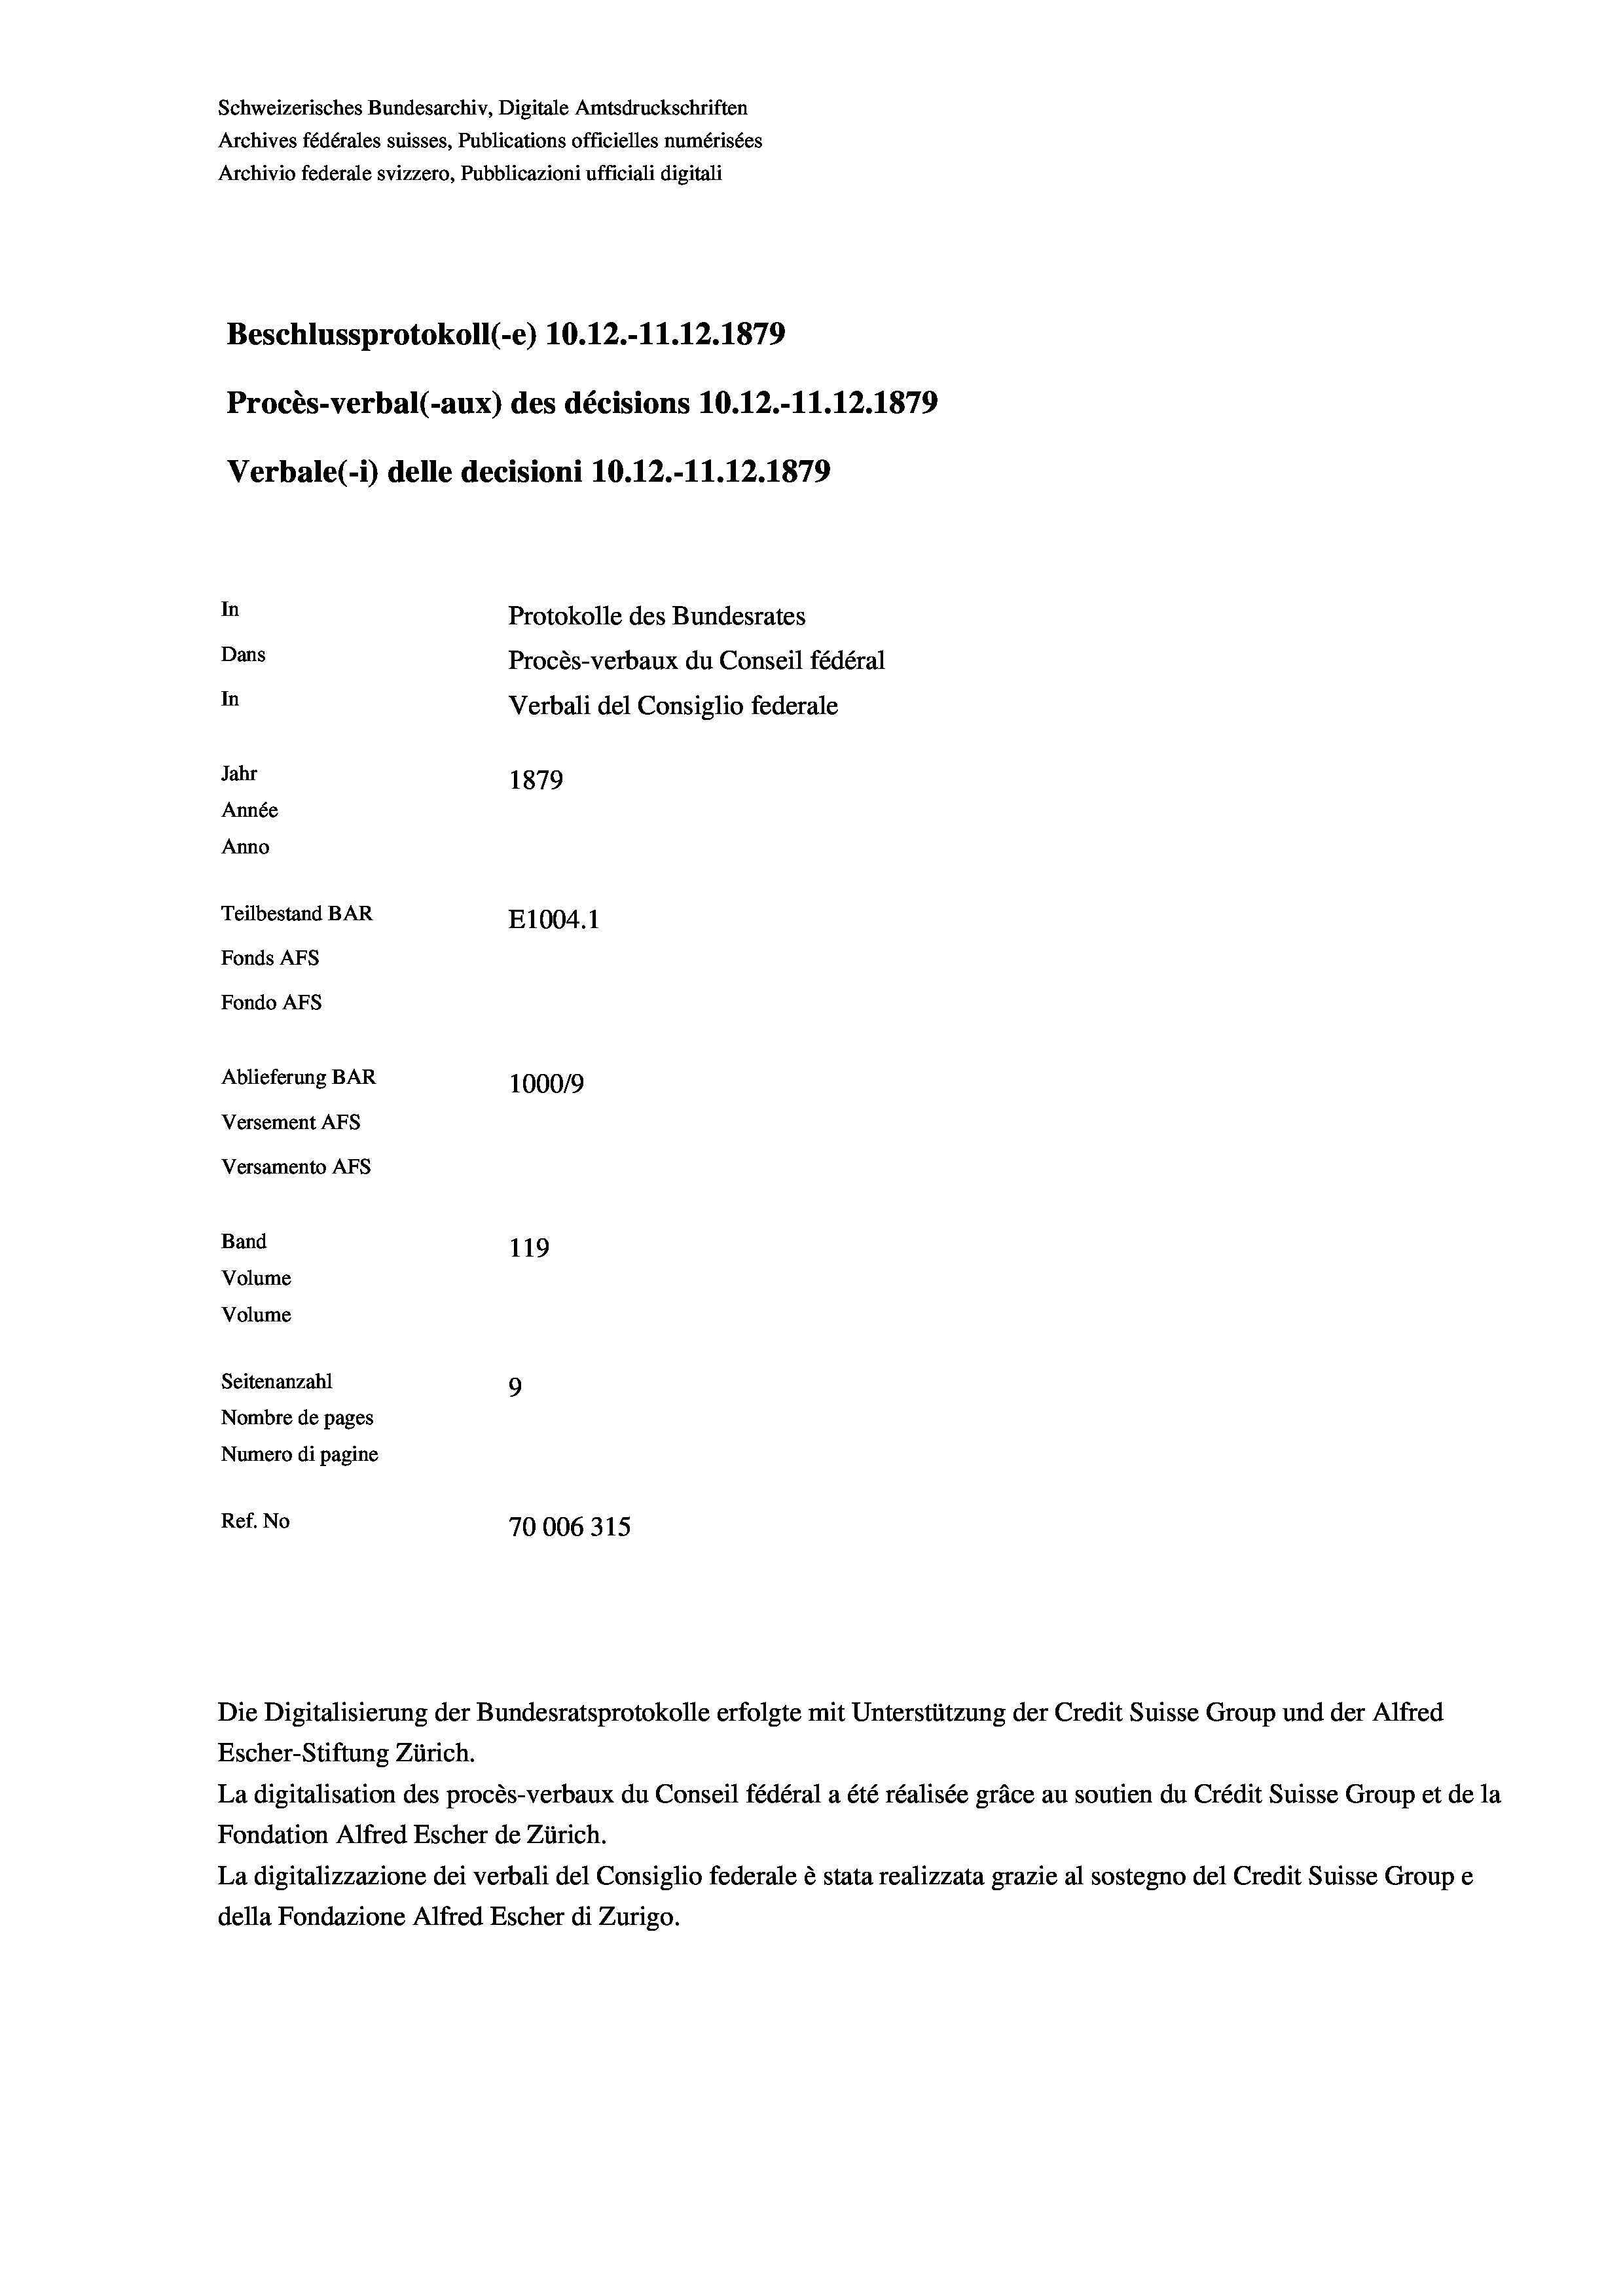
Schweizerisches Bundesarchiv, Digitale Amtsdruckschriften
Archives fédérales suisses, Publications officielles numérisées
Archivio federale svizzero, Pubblicazioni ufficiali digitali
Beschlussprotokoll (-e) 10.12.-11.12.1879
Procès-verbal (-aux) des décisions 10.12.-11.12.1879
Verbale(- 1) delle decisioni 10.12.-11.12.1879
In
Protokolle des Bundesrates
Dans
Procès-verbaux du Conseil fédéral
In
Verbali del Consiglio federale
Jahr
1879
Année
Anno
Teilbestand BAR
E1004. 1
Fonds Afs
Fondo AFs
Ablieferung BAR
100019
Versement AFs
Versamento Afs
Band
119
Volume
Volume
Seitenanzahl
9
Nombre de pages
Numero di pagine
Ref. No
70006315

Escher-Stiftung Zürich.
La digitalisation des procès-verbaux du Conseil fédéral a été réalisée gräce au soutien du Crédit Suisse Group et de la
Fondation Alfred Escher de Zürich.
La digitalizzazione dei verbali del Consiglio federale è stata realizzata grazie al sostegno del Credit Suisse Groupe
della Fondazione Alfred Escher di Zurigo.

Die Digitalisierung der Bundesratsprotokolle erfolgte mit Unterstützung der Credit Suisse Group und der Alfred